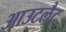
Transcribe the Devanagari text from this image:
आउटलैट